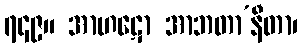
၇၄၉။ အာဟဋော အာဘတာ’နီတာ၊